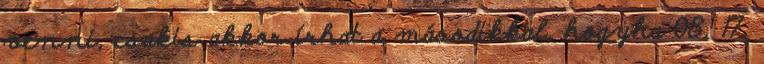
venni, csakis akkor írhat a másodikkal, hogyha 08. 17.